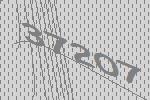
37207